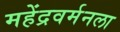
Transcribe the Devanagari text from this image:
महेंद्रवर्मनला